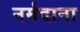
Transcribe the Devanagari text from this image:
नर्मदाना